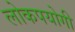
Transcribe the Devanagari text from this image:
लोकपयोगी